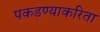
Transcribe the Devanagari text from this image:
पकडण्याकरिता